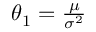
\textstyle \theta _ { 1 } = { \frac { \mu } { \sigma ^ { 2 } } }